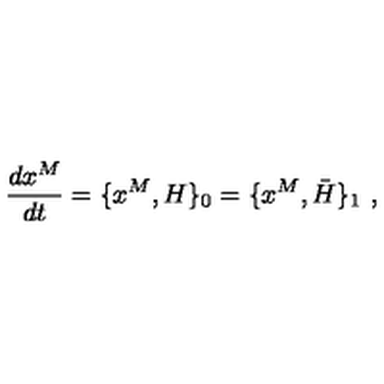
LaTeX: { \frac { d x ^ { M } } { d t } } = \{ x ^ { M } , H \} _ { 0 } = \{ x ^ { M } , \bar { H } \} _ { 1 } \ ,